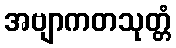
အဗျာကတသုတ္တံ